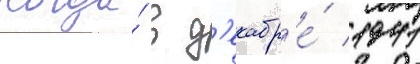
Когда́ в д'екабр'е́ 1941